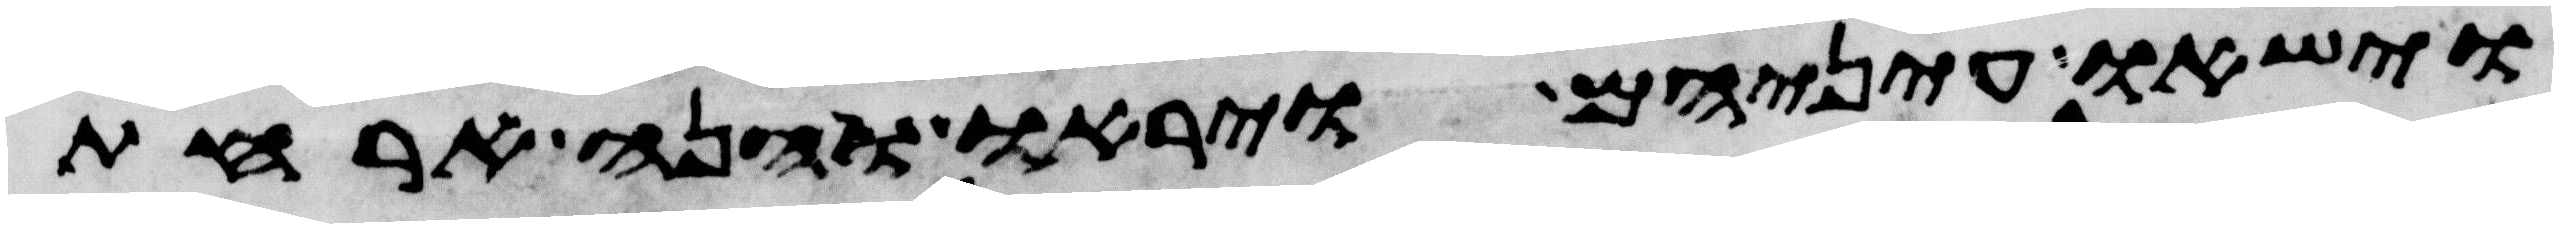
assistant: וישאו עיניהם ויראו והנה ארחת